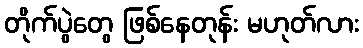
တိုက်ပွဲတွေ ဖြစ်နေတုန်း မဟုတ်လား